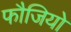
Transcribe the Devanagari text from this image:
फौजियो